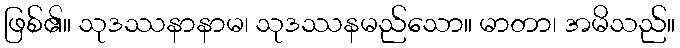
ဖြစ်၏။ သုဒဿနာနာမ၊ သုဒဿနမည်သော။ မာတာ၊ အမိသည်။